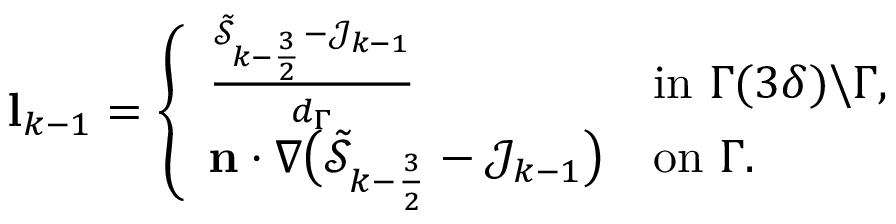
\begin{array} { r } { \mathbf { l } _ { k - 1 } = \left\{ \begin{array} { l l } { \frac { \tilde { \mathcal { S } } _ { k - \frac { 3 } { 2 } } - \mathcal { J } _ { k - 1 } } { d _ { \Gamma } } } & { \mathrm { i n ~ } \Gamma ( 3 \delta ) \backslash \Gamma , } \\ { \mathbf { n } \cdot \nabla \big ( \tilde { \mathcal { S } } _ { k - \frac { 3 } { 2 } } - \mathcal { J } _ { k - 1 } \big ) } & { \mathrm { o n ~ } \Gamma . } \end{array} \right. } \end{array}